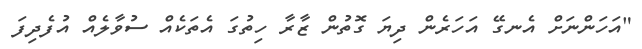
"އަހަންނަށް އެނގޭ އަހަރެން ދިޔަ ގޮތުން ޒާރާ ހިތުގަ އެތަކެއް ސުވާލެއް އުފެދިފަ